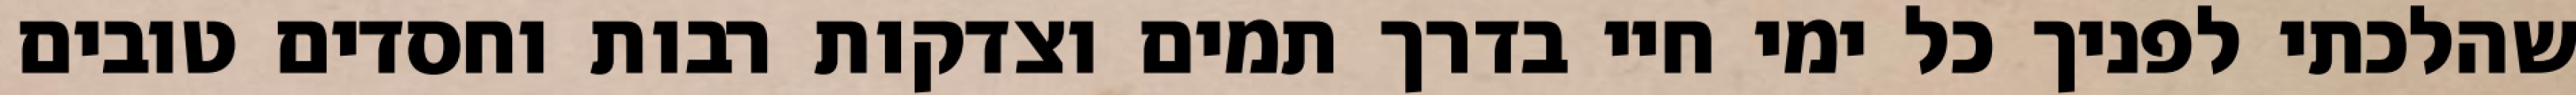
שהלכתי לפניך כל ימי חיי בדרך תמים וצדקות רבות וחסדים טובים